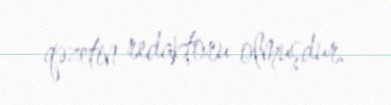
qəzetin redaktoru olmuşdur.